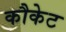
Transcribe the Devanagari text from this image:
कौकेट